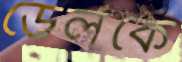
ডেলকে